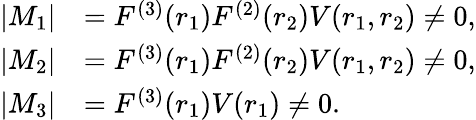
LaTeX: \begin{array}{rl}{\left|M_{1}\right|}&{=F^{(3)}(r_{1})F^{(2)}(r_{2})V(r_{1},r_{2})\ne 0,}\\ {\left|M_{2}\right|}&{=F^{(3)}(r_{1})F^{(2)}(r_{2})V(r_{1},r_{2})\ne 0,}\\ {\left|M_{3}\right|}&{=F^{(3)}(r_{1})V(r_{1})\ne 0.}\end{array}